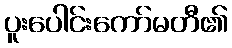
ပူးပေါင်းကော်မတီ၏